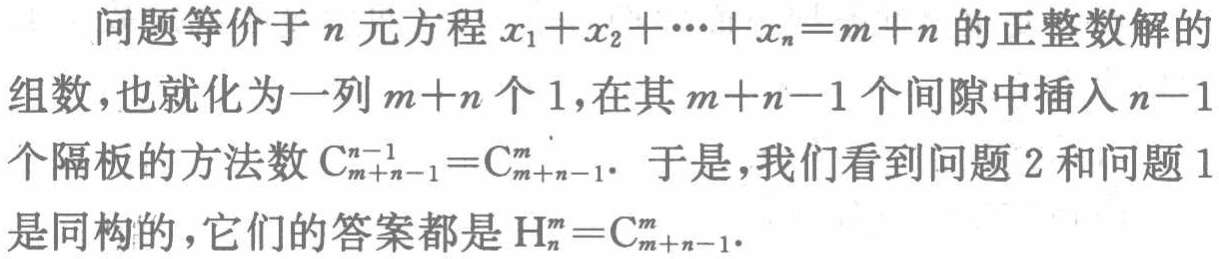
问题等价于\(n\)元方程\(x_{1}+x_{2}+\cdots +x_{n}=m + n\)的正整数解的组数，也就化为一列\(m + n\)个\(1\)，在其\(m + n - 1\)个间隙中插入\(n - 1\)个隔板的方法数\(C_{m + n - 1}^{n - 1}=C_{m + n - 1}^{m}\)。于是，我们看到问题2和问题1是同构的，它们的答案都是\(H_{n}^{m}=C_{m + n - 1}^{m}\)。